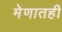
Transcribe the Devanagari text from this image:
मेणातही